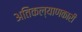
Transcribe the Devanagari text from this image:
अतिकल्याणकारी